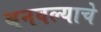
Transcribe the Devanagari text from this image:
बनवल्याचे